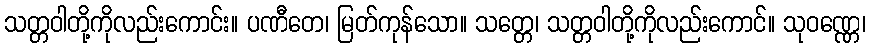
သတ္တဝါတို့ကိုလည်းကောင်း။ ပဏီတေ၊ မြတ်ကုန်သော။ သတ္တေ၊ သတ္တဝါတို့ကိုလည်းကောင်။ သုဝဏ္ဏေ၊